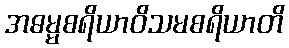
အဓမ္မစရိယာဝိသမစရိယာတိ